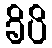
ခိပိ